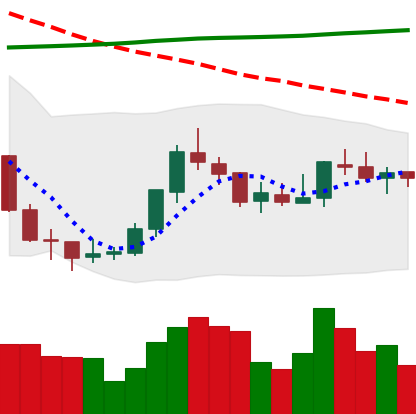
Ticker: EOS-USD
Chart end date: 2018-07-28
Forward return: -15.217%
Label: down_7plus